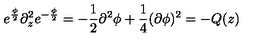
e ^ { \frac { \phi } { 2 } } \partial _ { z } ^ { 2 } e ^ { - \frac { \phi } { 2 } } = - \frac { 1 } { 2 } \partial ^ { 2 } \phi + \frac { 1 } { 4 } ( \partial \phi ) ^ { 2 } = - Q ( z )